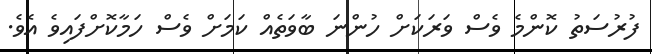
ފުރުސަތު ކޮންމެ ވެސް ވަރަކަަށް ހުންނަ ބާވަތެއް ކަމަށް ވެސް ހަމާކޮށްފައިވެ އެވެ.